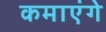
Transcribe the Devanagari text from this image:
कमाएंगे